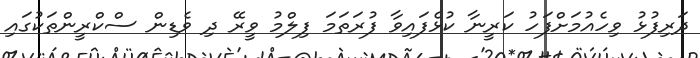
ދަރިފުޅު ވިހެއުމަށްފަހު ކަރީނާ ކުޅެފައިވާ ފުރަތަމަ ފިލްމު ވީރޭ ދި ވެޑިން ސްކްރީންތަކުގައި